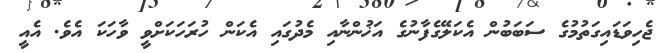
ޖެހިވަޑައިގަތުމުގެ ސަބަބުން އެކަލޭގެފާނުގެ އަޚުންނާއި މެދުގައި އެކަން ހުރަހަކަށްވީ ވާހަކަ އެވެ. އެއީ